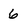
Character: 6